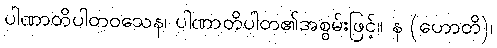
ပါဏာတိပါတဝသေန၊ ပါဏာတိပါတ၏အစွမ်းဖြင့်။ န (ဟောတိ)၊